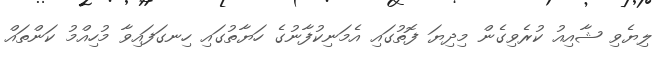
ލިޔެވި ޝާއިއު ކުރެވިގެން މިދިޔަ ފޮތުގައި އެމަނިކުފާނުގެ ހަޔާތުގައި ހިނގަފައިވާ މުހިއްމު ކަންތައް